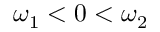
\omega _ { 1 } < 0 < \omega _ { 2 }